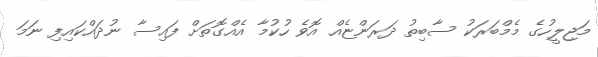
މަޖިލީހުގެ މެމްބަރަކު ސާބިތު ދަރަންޏެއް އޮވެ ހުކުމާ އެއްގޮތަށް ފައިސާ ނުދައްކައިފި ނަމަ